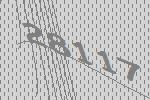
28117